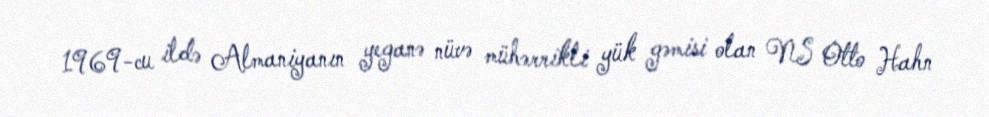
1969-cu ildə Almaniyanın yeganə nüvə mühərrikli yük gəmisi olan NS Otto Hahn